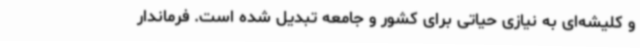
و کلیشه‌ای به نیازی حیاتی برای کشور و جامعه تبدیل شده است. فرماندار